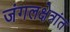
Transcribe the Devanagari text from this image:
जंगलक्षेत्रांत